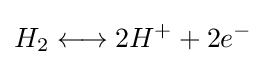
H_{2}\longleftrightarrow 2H^{+}+2e^{-}